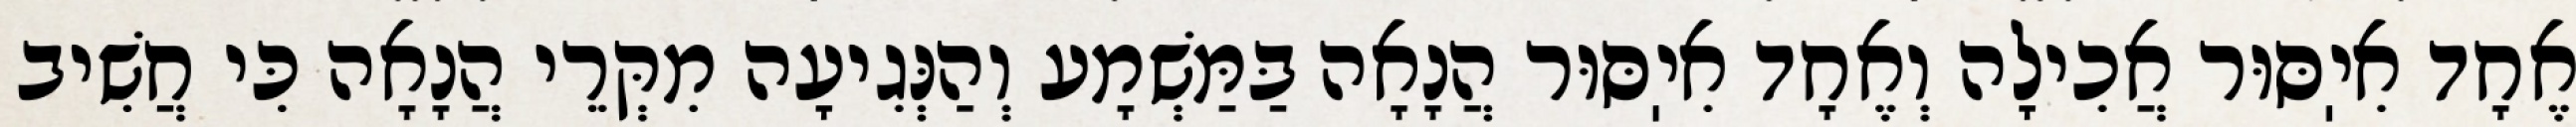
אֶחָד אִיֽסּוּר אֲכִילָה וְאֶחָד אִיֽסּוּר הֲנָאָה בַּמַּשְׁמָע וְהַנְּגִיעָה מִקְּרֵי הֲנָאָה כִּי חֲשִׁיב